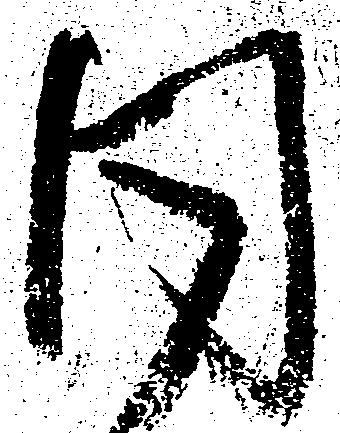
同